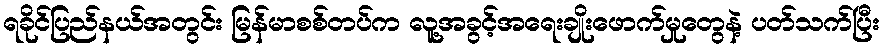
ရခိုင်ပြည်နယ်အတွင်း မြန်မာစစ်တပ်က လူ့အခွင့်အရေးချိုးဖောက်မှုတွေနဲ့ ပတ်သက်ပြီး